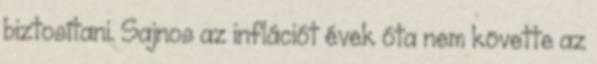
biztosítani. Sajnos az inflációt évek óta nem követte az